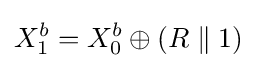
X_{1}^{b}=X_{0}^{b}\oplus (R\parallel 1)